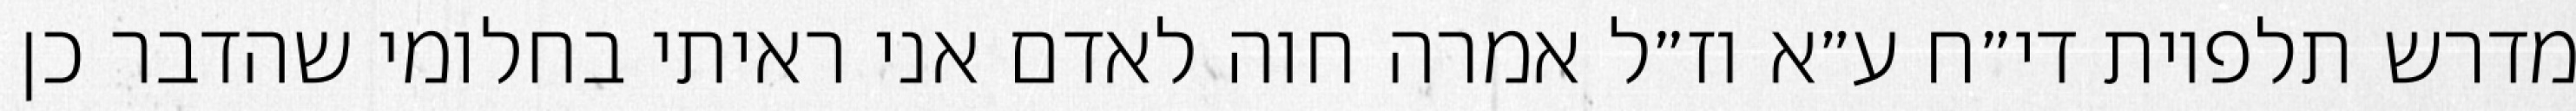
מדרש תלפיות די״ח ע״א וז״ל אמרה חוה לאדם אני ראיתי בחלומי שהדבר כן